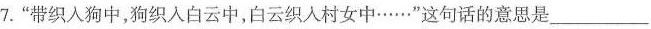
7.”带织入狗中，狗织入白云中，白云织人村女中……”这句话的意思是___